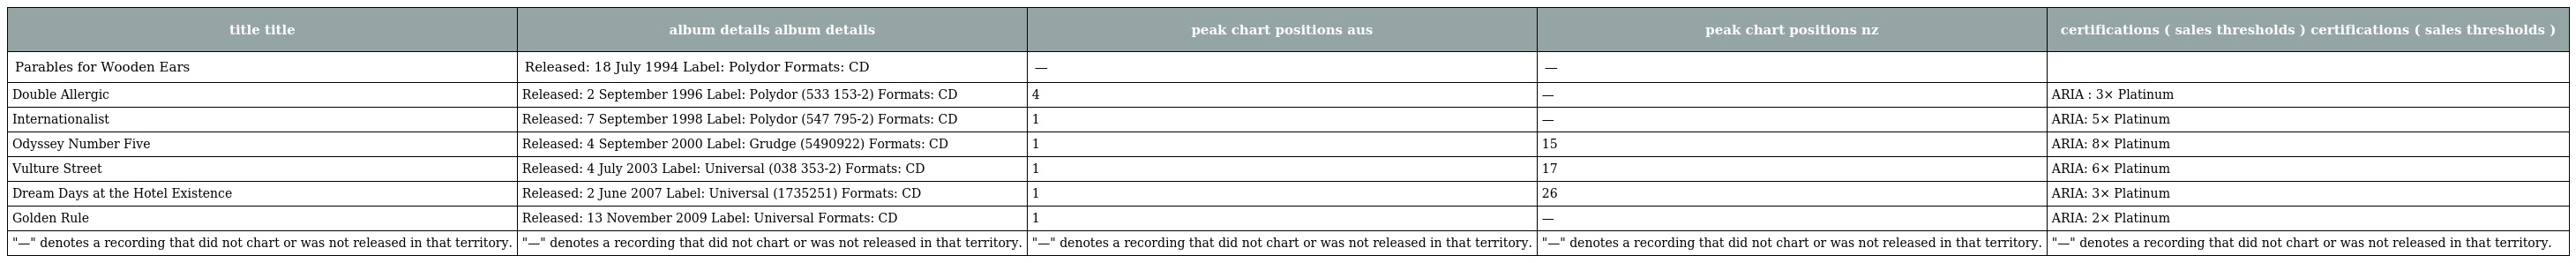
| title title | album details album details | peak chart positions aus | peak chart positions nz | certifications ( sales thresholds ) certifications ( sales thresholds ) |
 | --- | --- | --- | --- | --- |
 | Parables for Wooden Ears | Released: 18 July 1994 Label: Polydor Formats: CD | — | — |  |
 | Double Allergic | Released: 2 September 1996 Label: Polydor (533 153-2) Formats: CD | 4 | — | ARIA : 3× Platinum |
 | Internationalist | Released: 7 September 1998 Label: Polydor (547 795-2) Formats: CD | 1 | — | ARIA: 5× Platinum |
 | Odyssey Number Five | Released: 4 September 2000 Label: Grudge (5490922) Formats: CD | 1 | 15 | ARIA: 8× Platinum |
 | Vulture Street | Released: 4 July 2003 Label: Universal (038 353-2) Formats: CD | 1 | 17 | ARIA: 6× Platinum |
 | Dream Days at the Hotel Existence | Released: 2 June 2007 Label: Universal (1735251) Formats: CD | 1 | 26 | ARIA: 3× Platinum |
 | Golden Rule | Released: 13 November 2009 Label: Universal Formats: CD | 1 | — | ARIA: 2× Platinum |
 | "—" denotes a recording that did not chart or was not released in that territory. | "—" denotes a recording that did not chart or was not released in that territory. | "—" denotes a recording that did not chart or was not released in that territory. | "—" denotes a recording that did not chart or was not released in that territory. | "—" denotes a recording that did not chart or was not released in that territory. |